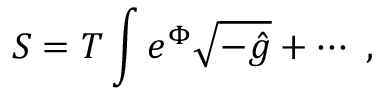
S = T _ { \O } \int e ^ { \Phi } \sqrt { - \hat { g } } + \cdots \ ,